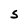
Character: s